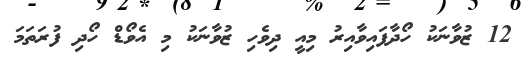
12 ޒުވާނަކު ހޯދާފައިވާއިރު މިއީ ދިވެހި ޒުވާނަކު މި އެވޯޑް ހޯދި ފުރަތަމަ